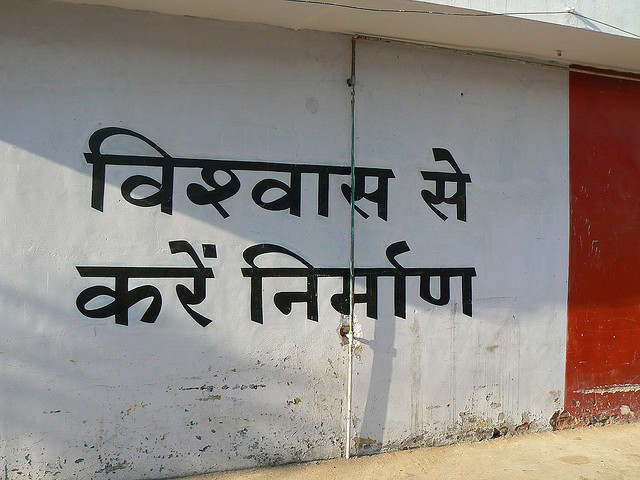
Language: hindi
Transcription: विश्वास से निर्माण करें